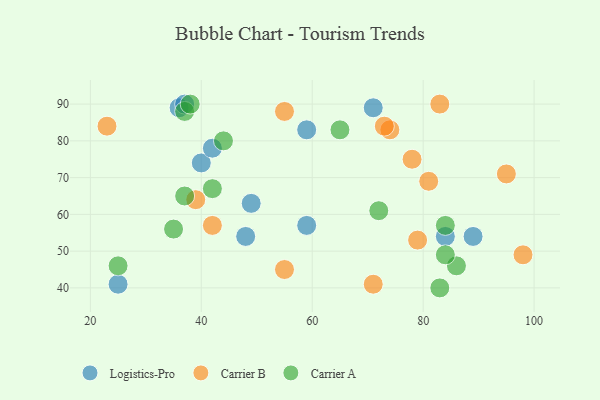
{"axis": {"x": "GDP", "y": "Life Expectancy"}, "legend": ["Carrier A", "Carrier B", "Logistics-Pro"], "data": [{"x": "25", "y": 41, "type": "Logistics-Pro"}, {"x": "48", "y": 54, "type": "Logistics-Pro"}, {"x": "84", "y": 54, "type": "Logistics-Pro"}, {"x": "36", "y": 89, "type": "Logistics-Pro"}, {"x": "40", "y": 74, "type": "Logistics-Pro"}, {"x": "37", "y": 90, "type": "Logistics-Pro"}, {"x": "49", "y": 63, "type": "Logistics-Pro"}, {"x": "59", "y": 83, "type": "Logistics-Pro"}, {"x": "71", "y": 89, "type": "Logistics-Pro"}, {"x": "89", "y": 54, "type": "Logistics-Pro"}, {"x": "42", "y": 78, "type": "Logistics-Pro"}, {"x": "59", "y": 57, "type": "Logistics-Pro"}, {"x": "98", "y": 49, "type": "Carrier B"}, {"x": "83", "y": 90, "type": "Carrier B"}, {"x": "55", "y": 88, "type": "Carrier B"}, {"x": "71", "y": 41, "type": "Carrier B"}, {"x": "23", "y": 84, "type": "Carrier B"}, {"x": "81", "y": 69, "type": "Carrier B"}, {"x": "74", "y": 83, "type": "Carrier B"}, {"x": "42", "y": 57, "type": "Carrier B"}, {"x": "78", "y": 75, "type": "Carrier B"}, {"x": "39", "y": 64, "type": "Carrier B"}, {"x": "79", "y": 53, "type": "Carrier B"}, {"x": "55", "y": 45, "type": "Carrier B"}, {"x": "73", "y": 84, "type": "Carrier B"}, {"x": "95", "y": 71, "type": "Carrier B"}, {"x": "65", "y": 83, "type": "Carrier A"}, {"x": "42", "y": 67, "type": "Carrier A"}, {"x": "35", "y": 56, "type": "Carrier A"}, {"x": "83", "y": 40, "type": "Carrier A"}, {"x": "37", "y": 65, "type": "Carrier A"}, {"x": "37", "y": 88, "type": "Carrier A"}, {"x": "72", "y": 61, "type": "Carrier A"}, {"x": "84", "y": 57, "type": "Carrier A"}, {"x": "86", "y": 46, "type": "Carrier A"}, {"x": "84", "y": 49, "type": "Carrier A"}, {"x": "25", "y": 46, "type": "Carrier A"}, {"x": "38", "y": 90, "type": "Carrier A"}, {"x": "44", "y": 80, "type": "Carrier A"}]}